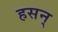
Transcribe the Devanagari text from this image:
हसन्